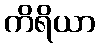
ကိရိယာ